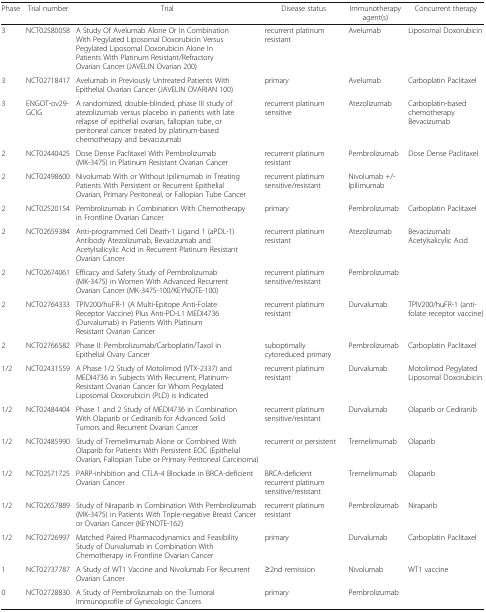
<table><thead><tr><td><b>Phase</b></td><td><b>Trial number</b></td><td><b>Trial</b></td><td><b>Disease status</b></td><td><b>Immunotherapy agent(s)</b></td><td><b>Concurrent therapy</b></td></tr></thead><tbody><tr><td>3</td><td>NCT02580058</td><td>A Study Of Avelumab Alone Or In Combination With Pegylated Liposomal Doxorubicin Versus Pegylated Liposomal Doxorubicin Alone In Patients With Platinum Resistant/Refractory Ovarian Cancer (JAVELIN Ovarian 200)</td><td>recurrent platinum resistant</td><td>Avelumab</td><td>Liposomal Doxorubicin</td></tr><tr><td>3</td><td>NCT02718417</td><td>Avelumab in Previously Untreated Patients With Epithelial Ovarian Cancer (JAVELIN OVARIAN 100)</td><td>primary</td><td>Avelumab</td><td>Carboplatin Paclitaxel</td></tr><tr><td>3</td><td>ENGOT-ov29-GCIG</td><td>A randomized, double-blinded, phase III study of atezolizumab versus placebo in patients with late relapse of epithelial ovarian, fallopian tube, or peritoneal cancer treated by platinum-based chemotherapy and bevacizumab</td><td>recurrent platinum sensitive</td><td>Atezolizumab</td><td>Carboplatin-based chemotherapy Bevacizumab</td></tr><tr><td>2</td><td>NCT02440425</td><td>Dose Dense Paclitaxel With Pembrolizumab (MK-3475) in Platinum Resistant Ovarian Cancer</td><td>recurrent platinum resistant</td><td>Pembrolizumab</td><td>Dose Dense Paclitaxel</td></tr><tr><td>2</td><td>NCT02498600</td><td>Nivolumab With or Without Ipilimumab in Treating Patients With Persistent or Recurrent Epithelial Ovarian, Primary Peritoneal, or Fallopian Tube Cancer</td><td>recurrent platinum sensitive/resistant</td><td>Nivolumab +/- Ipilimumab</td><td></td></tr><tr><td>2</td><td>NCT02520154</td><td>Pembrolizumab in Combination With Chemotherapy in Frontline Ovarian Cancer</td><td>primary</td><td>Pembrolizumab</td><td>Carboplatin Paclitaxel</td></tr><tr><td>2</td><td>NCT02659384</td><td>Anti-programmed Cell Death-1 Ligand 1 (aPDL-1) Antibody Atezolizumab, Bevacizumab and Acetylsalicylic Acid in Recurrent Platinum Resistant Ovarian Cancer</td><td>recurrent platinum resistant</td><td>Atezolizumab</td><td>Bevacizumab Acetylsalicylic Acid</td></tr><tr><td>2</td><td>NCT02674061</td><td>Efficacy and Safety Study of Pembrolizumab (MK-3475) in Women With Advanced Recurrent Ovarian Cancer (MK-3475-100/KEYNOTE-100)</td><td>recurrent platinum sensitive/resistant</td><td>Pembrolizumab</td><td></td></tr><tr><td>2</td><td>NCT02764333</td><td>TPIV200/huFR-1 (A Multi-Epitope Anti-Folate Receptor Vaccine) Plus Anti-PD-L1 MEDI4736 (Durvalumab) in Patients With Platinum Resistant Ovarian Cancer</td><td>recurrent platinum resistant</td><td>Durvalumab</td><td>TPIV200/huFR-1 (anti-folate receptor vaccine)</td></tr><tr><td>2</td><td>NCT02766582</td><td>Phase II: Pembrolizumab/Carboplatin/Taxol in Epithelial Ovary Cancer</td><td>suboptimally cytoreduced primary</td><td>Pembrolizumab</td><td>Carboplatin Paclitaxel</td></tr><tr><td>1/2</td><td>NCT02431559</td><td>A Phase 1/2 Study of Motolimod (VTX-2337) and MEDI4736 in Subjects With Recurrent, Platinum-Resistant Ovarian Cancer for Whom Pegylated Liposomal Doxorubicin (PLD) is Indicated</td><td>recurrent platinum resistant</td><td>Durvalumab</td><td>Motolimod Pegylated Liposomal Doxorubicin</td></tr><tr><td>1/2</td><td>NCT02484404</td><td>Phase 1 and 2 Study of MEDI4736 in Combination With Olaparib or Cediranib for Advanced Solid Tumors and Recurrent Ovarian Cancer</td><td>recurrent platinum sensitive/resistant</td><td>Durvalumab</td><td>Olaparib or Cediranib</td></tr><tr><td>1/2</td><td>NCT02485990</td><td>Study of Tremelimumab Alone or Combined With Olaparib for Patients With Persistent EOC (Epithelial Ovarian, Fallopian Tube or Primary Peritoneal Carcinoma)</td><td>recurrent or persistent</td><td>Tremelimumab</td><td>Olaparib</td></tr><tr><td>1/2</td><td>NCT02571725</td><td>PARP-inhibition and CTLA-4 Blockade in BRCA-deficient Ovarian Cancer</td><td>BRCA-deficient recurrent platinum sensitive/resistant</td><td>Tremelimumab</td><td>Olaparib</td></tr><tr><td>1/2</td><td>NCT02657889</td><td>Study of Niraparib in Combination With Pembrolizumab (MK-3475) in Patients With Triple-negative Breast Cancer or Ovarian Cancer (KEYNOTE-162)</td><td>recurrent platinum resistant</td><td>Pembrolizumab</td><td>Niraparib</td></tr><tr><td>1/2</td><td>NCT02726997</td><td>Matched Paired Pharmacodynamics and Feasibility Study of Durvalumab in Combination With Chemotherapy in Frontline Ovarian Cancer</td><td>primary</td><td>Durvalumab</td><td>Carboplatin Paclitaxel</td></tr><tr><td>1</td><td>NCT02737787</td><td>A Study of WT1 Vaccine and Nivolumab For Recurrent Ovarian Cancer</td><td>≥2nd remission</td><td>Nivolumab</td><td>WT1 vaccine</td></tr><tr><td>0</td><td>NCT02728830</td><td>A Study of Pembrolizumab on the Tumoral Immunoprofile of Gynecologic Cancers</td><td>primary</td><td>Pembrolizumab</td><td></td></tr></tbody></table>